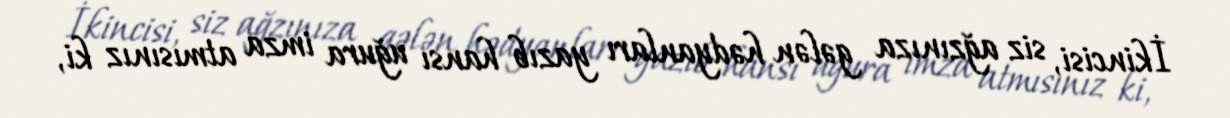
İkincisi, siz ağzınıza gələn hədyanları yazıb hansı uğura imza atmısınız ki,